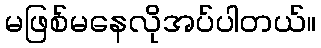
မဖြစ်မနေလိုအပ်ပါတယ်။